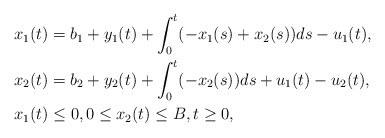
\begin{align*}x_1(t) &= b_1 + y_1(t) + \int_0^t(-x_1(s) + x_2(s))ds - u_1(t), \\x_2(t) &= b_2 + y_2(t) + \int_0^t(-x_2(s))ds + u_1(t) - u_2(t), \\x_1(t) &\le 0, 0 \le x_2(t) \le B, t \ge 0, \end{align*}